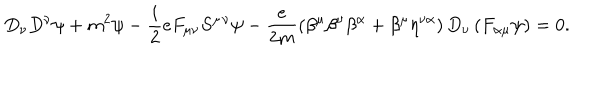
D _ { \nu } D ^ { \nu } \psi + m ^ { 2 } \psi - \frac { i } { 2 } e F _ { \mu \nu } S ^ { \mu } { } ^ { \nu } \psi - \frac { e } { 2 m } \left( \beta ^ { \mu } \beta ^ { \nu } \beta ^ { \alpha } + \beta ^ { \mu } \eta ^ { \nu \alpha } \right) D _ { \nu } \left( F _ { \alpha \mu } \psi \right) = 0 .